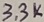
Text: 3.3K